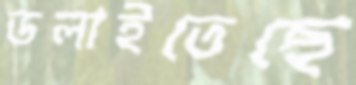
ডলাইতেছে